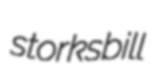
storksbill